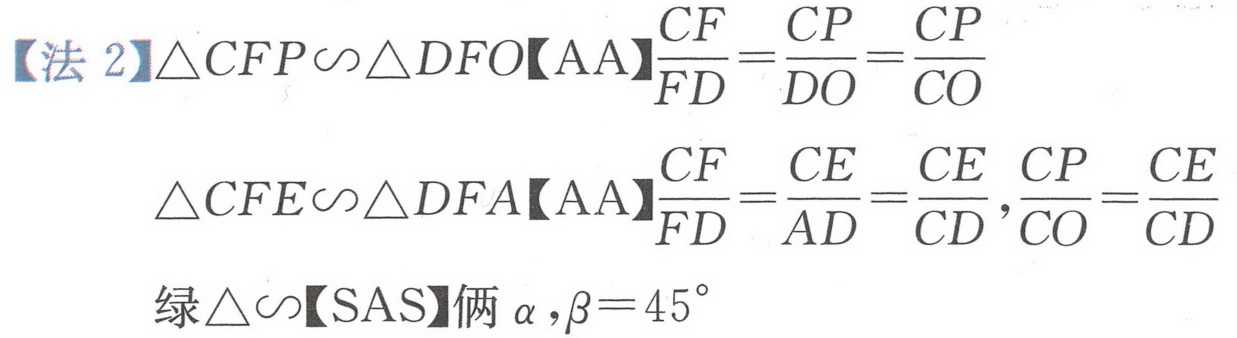
【法 2】\(\triangle CFP\sim\triangle DFO【AA】\frac{CF}{FD}=\frac{CP}{DO}=\frac{CP}{CO}\)
\(\triangle CFE\sim\triangle DFA【AA】\frac{CF}{FD}=\frac{CE}{AD}=\frac{CE}{CD},\frac{CP}{CO}=\frac{CE}{CD}\)
绿\(\triangle\sim【SAS】\)俩\(\alpha,\beta = 45^{\circ}\)